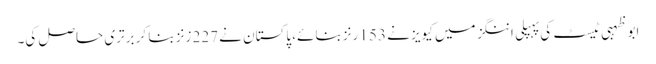
ابوظہبی ٹیسٹ کی پہپلی اننگز میں کیویز نے 153 رنز بنائے، پاکستان نے 227 زنز بنا کر برتری حاصل کی۔